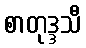
စာတုဒ္ဒသီ